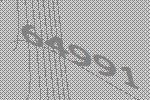
64991